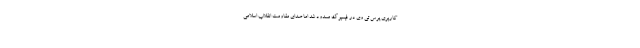
کاربری پرس تی وی در فیسبوک مسدود شد اما صدای مقاومت انقلاب اسلامی